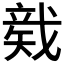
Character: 𥏛